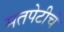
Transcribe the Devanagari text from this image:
मतपेटीचे